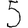
Digit: 5